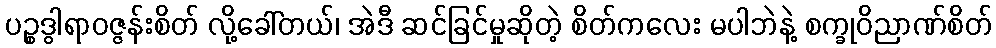
ပဉ္စဒွါရာဝဇ္ဇန်းစိတ် လို့ခေါ်တယ်၊ အဲဒီ ဆင်ခြင်မှုဆိုတဲ့ စိတ်ကလေး မပါဘဲနဲ့ စက္ခုဝိညာဏ်စိတ်